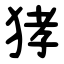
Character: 㹲